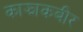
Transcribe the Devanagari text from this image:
काझाकबीर